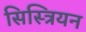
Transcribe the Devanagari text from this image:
सिस्त्रियन